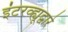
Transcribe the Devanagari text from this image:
इंटरव्ह्यूद्वारे